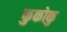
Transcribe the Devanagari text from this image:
फुकोकु